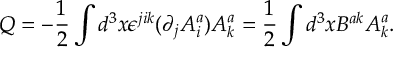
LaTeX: Q = - \frac { 1 } { 2 } \int d ^ { 3 } x \epsilon ^ { j i k } ( \partial _ { j } A _ { i } ^ { a } ) A _ { k } ^ { a } = \frac { 1 } { 2 } \int d ^ { 3 } x B ^ { a k } A _ { k } ^ { a } .